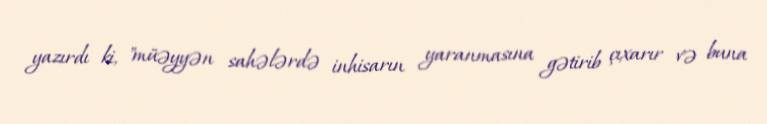
yazırdı ki, "müəyyən sahələrdə inhisarın yaranmasına gətirib çıxarır və buna